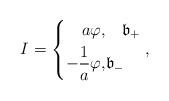
LaTeX: \begin{align*} I= \left\{ \begin{aligned} a \varphi, &\quad \mathfrak{b}_+ \\ -\frac{1}{a} \varphi, & \mathfrak{b}_- \end{aligned} \right.,\end{align*}